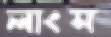
লাংস